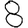
Digit: 8